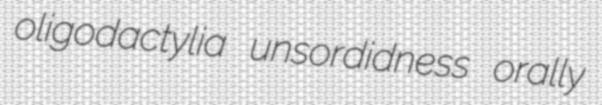
oligodactylia unsordidness orally